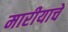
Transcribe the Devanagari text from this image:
मारीयाचे